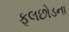
ફૂલછોડના